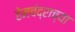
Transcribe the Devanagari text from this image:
हेमचंद्राच्या